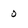
Character: 0